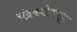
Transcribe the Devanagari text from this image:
चंद्रकक्षेपासून